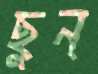
ছুন্